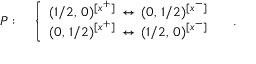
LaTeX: { \cal P } : \quad \left\{ \begin{array} { l } { { ( 1 / 2 , \, 0 ) ^ { [ x ^ { + } ] } \, \leftrightarrow \, ( 0 , \, 1 / 2 ) ^ { [ x ^ { - } ] } } } \\ { { ( 0 , \, 1 / 2 ) ^ { [ x ^ { + } ] } \, \leftrightarrow \, ( 1 / 2 , \, 0 ) ^ { [ x ^ { - } ] } } } \end{array} \right. \quad .